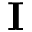
\mathbf { I }